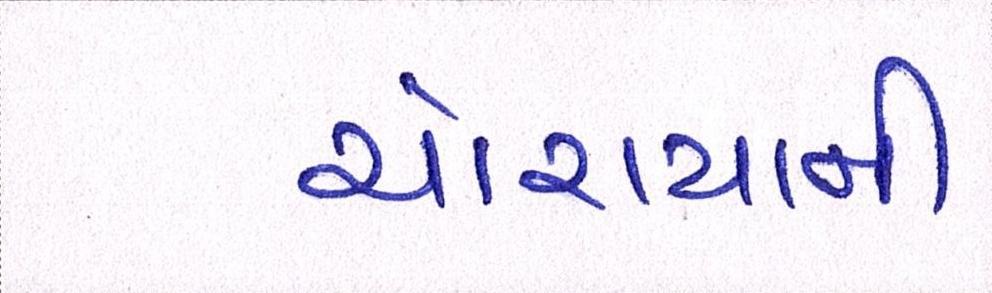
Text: ચોરાયાની